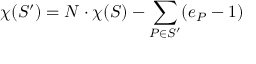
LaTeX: \chi ( S ^ { \prime } ) = N \cdot \chi ( S ) - \sum _ { P \in S ^ { \prime } } ( e _ { P } - 1 )